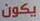
يكون